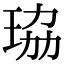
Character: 珕